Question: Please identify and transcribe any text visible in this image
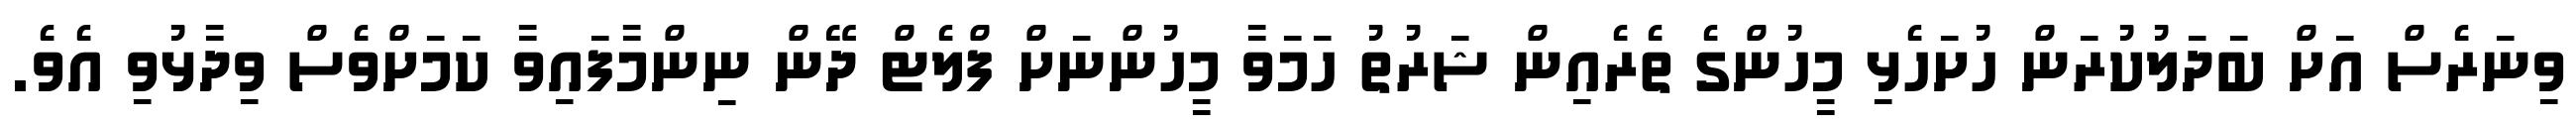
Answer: ވިނަރެސް އަށް ބަދަލުކުރަން ހުށަހެޅި މީހުންގެ ތެރެއިން ޝަރުތު ހަމަވާ މީހުންނަށް ފްލެޓް ދޭން ނިންމާފައިވާ ކަމަށްވެސް ވިދާޅުވި އެވެ.